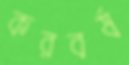
করবর্ষ